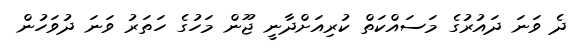
ދެ ވަނަ ދައުރުގެ މަސައްކަތް ކުރިއަށްދާނީ ޖޫން މަހުގެ ހަތަރު ވަނަ ދުވަހުން